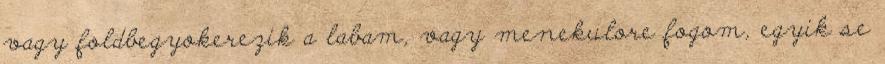
vagy foldbegyokerezik a labam, vagy menekulore fogom, egyik se